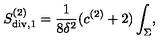
S _ { \mathrm { d i v } , 1 } ^ { ( 2 ) } = { \frac { 1 } { 8 \delta ^ { 2 } } } ( c ^ { ( 2 ) } + 2 ) \int _ { \Sigma } ,